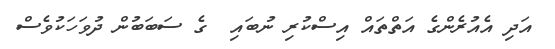
އަދި އެއުރެންގެ އަތްތައް އިސްކުރި ނުބައި  ގެ ސަބަބުން ދުވަހަކުވެސް